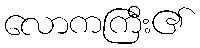
လောကကြီး၏